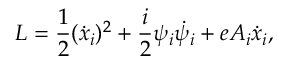
L = \frac { 1 } { 2 } ( \dot { x } _ { i } ) ^ { 2 } + \frac { i } { 2 } \psi _ { i } \dot { \psi } _ { i } + e A _ { i } \dot { x } _ { i } ,